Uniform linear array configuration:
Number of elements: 12
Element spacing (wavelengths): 0.75
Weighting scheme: hann
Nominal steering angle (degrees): -15
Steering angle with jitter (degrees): -14.167
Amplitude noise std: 0.05
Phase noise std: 0.05

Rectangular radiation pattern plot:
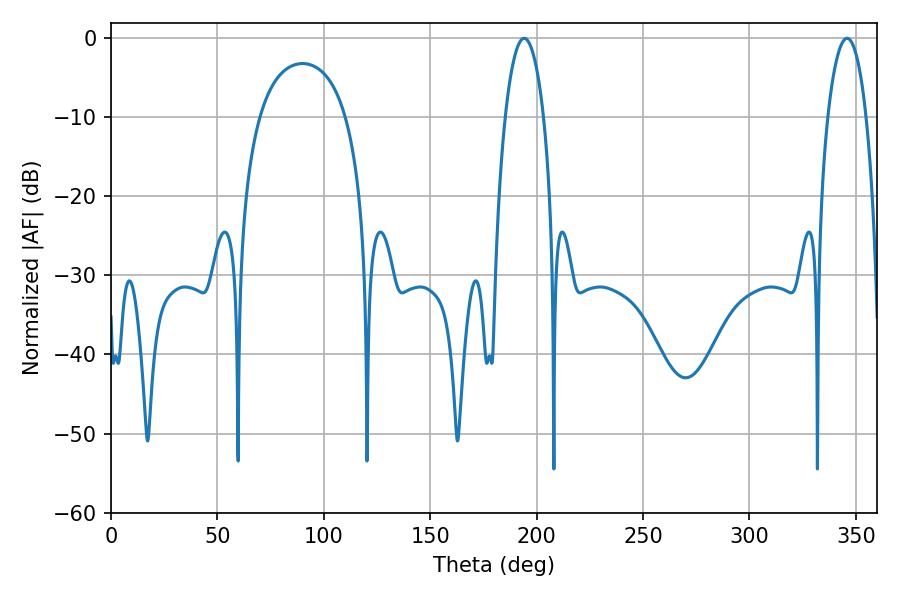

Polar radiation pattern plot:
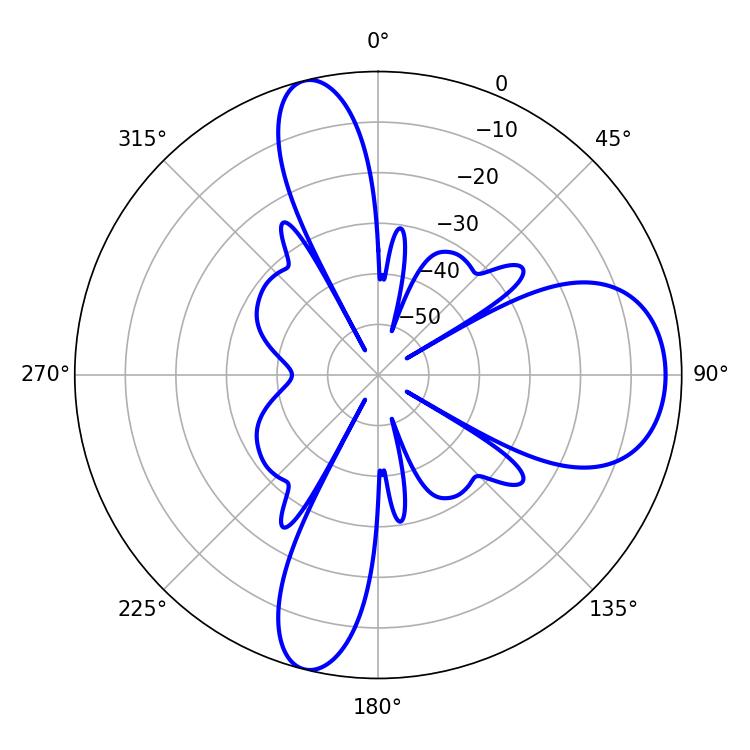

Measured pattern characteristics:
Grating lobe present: TRUE
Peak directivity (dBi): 11.291
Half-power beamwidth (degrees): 10.08
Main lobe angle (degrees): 194.22